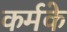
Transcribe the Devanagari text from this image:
कर्मके